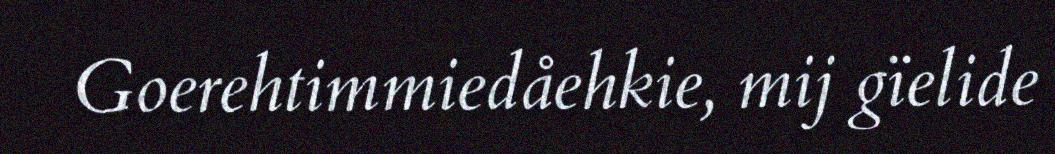
Goerehtimmiedåehkie, mij gïelide